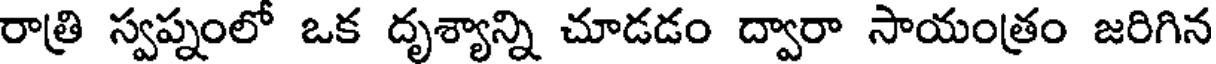
రాత్రి స్వప్నంలో ఒక దృశ్యాన్ని చూడడం ద్వారా సాయంత్రం జరిగిన